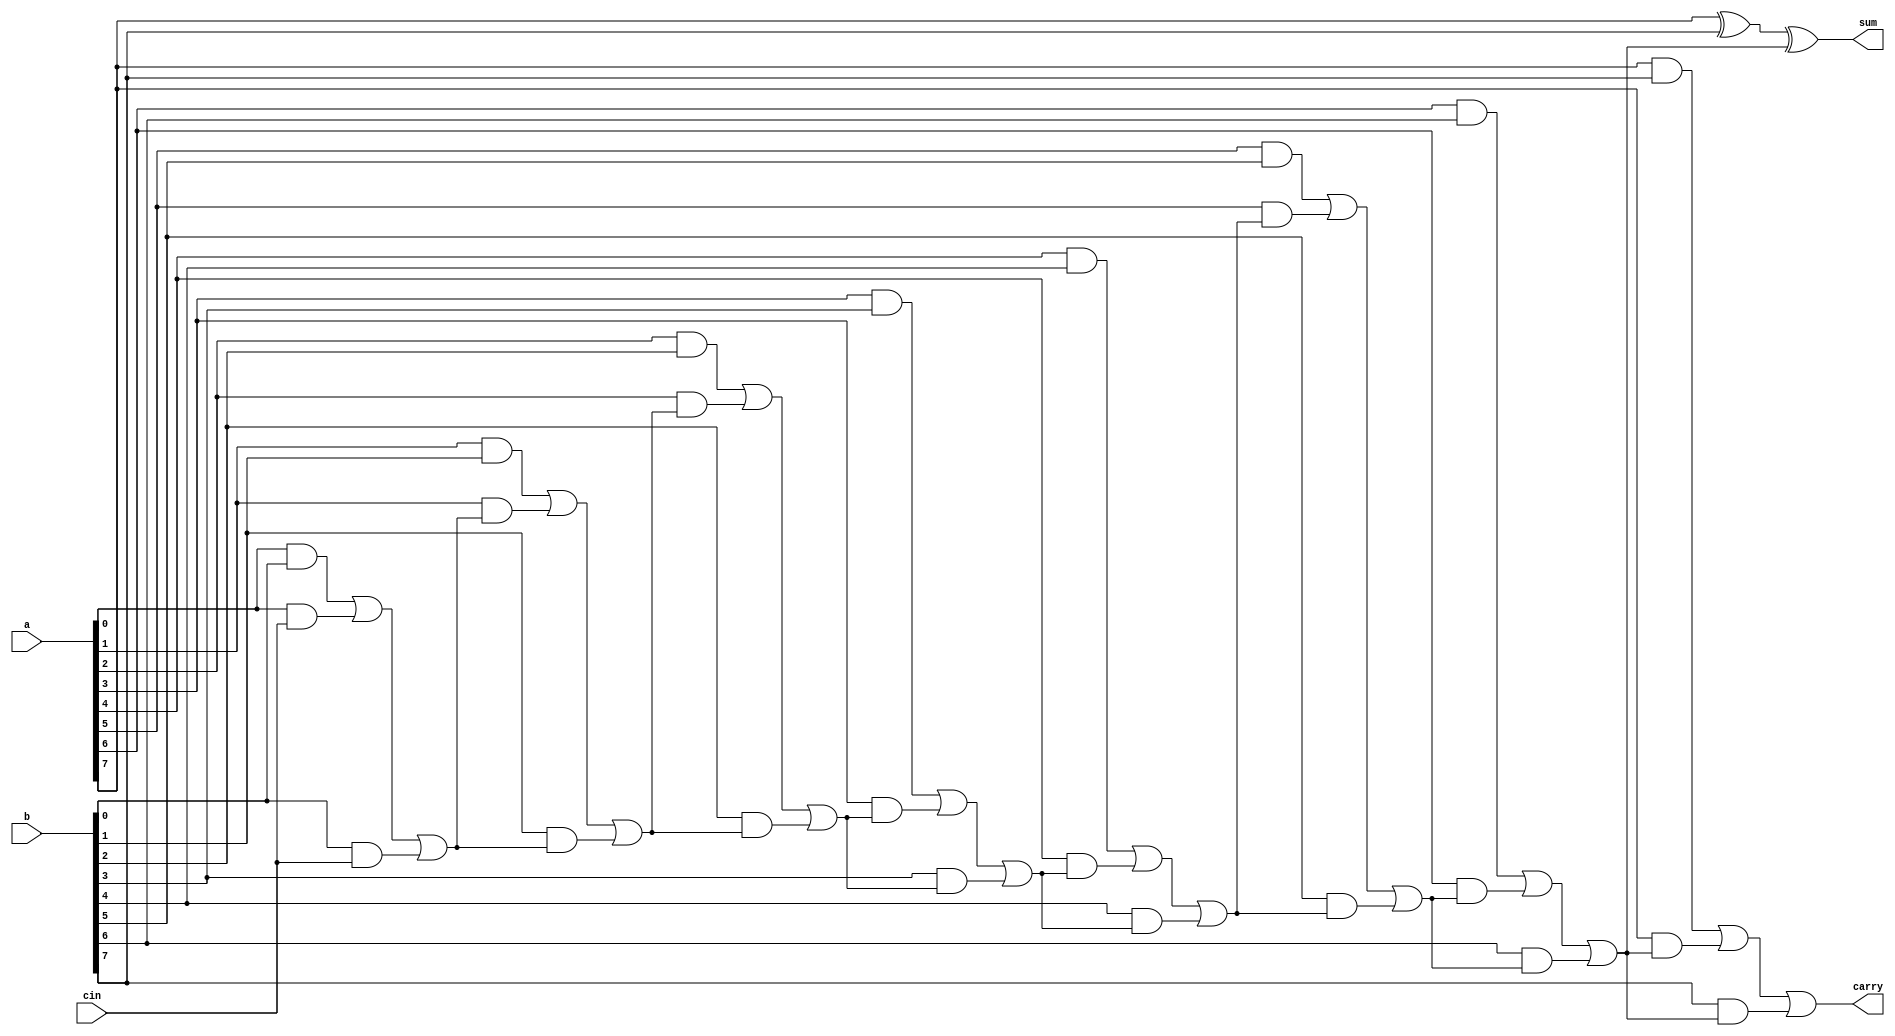
module Carry_Save_Adder(
    input [7:0] a,
    input [7:0] b,
    input cin,
    output reg sum,
    output reg carry
);

reg [8:0] sum_temp;
reg [8:0] carry_temp;

assign sum_temp[0] = a[0] ^ b[0] ^ cin;
assign carry_temp[0] = (a[0] & b[0]) | (a[0] & cin) | (b[0] & cin);

genvar i;
generate
    for(i = 1; i < 8; i = i + 1) begin : adder_stage
        assign sum_temp[i] = a[i] ^ b[i] ^ carry_temp[i-1];
        assign carry_temp[i] = (a[i] & b[i]) | (a[i] & carry_temp[i-1]) | (b[i] & carry_temp[i-1]);
    end
endgenerate

assign sum = sum_temp[7];
assign carry = carry_temp[7];

endmodule